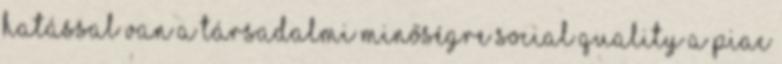
hatással van a társadalmi minőségre Social Quality a piac